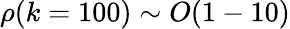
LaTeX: \rho(k=100)\sim O(1-10)